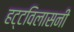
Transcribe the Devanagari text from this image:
हट्टविलासनी